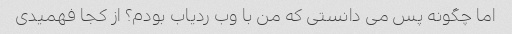
اما چگونه پس می دانستی که من با وب ردیاب بودم؟ از کجا فهمیدی